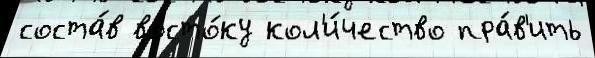
соста́в восто́ку кол'и́чество пра́в'ить